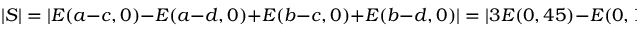
| S | = | E ( a - c , 0 ) - E ( a - d , 0 ) + E ( b - c , 0 ) + E ( b - d , 0 ) | = | 3 E ( 0 , 4 5 ) - E ( 0 , 1 3 5 ) |